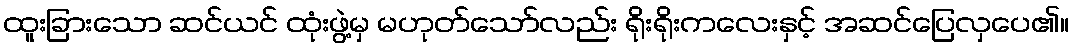
ထူးခြားသော ဆင်ယင် ထုံးဖွဲ့မှ မဟုတ်သော်လည်း ရိုးရိုးကလေးနှင့် အဆင်ပြေလှပေ၏။